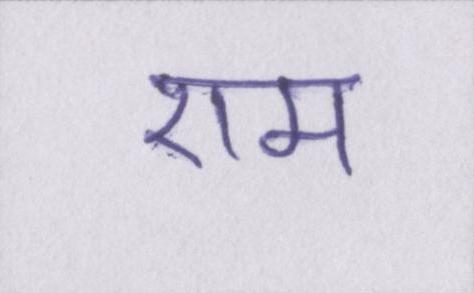
एम